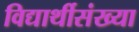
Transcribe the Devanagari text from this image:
विद्यार्थीसंख्या